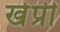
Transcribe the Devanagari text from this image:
खेप्री